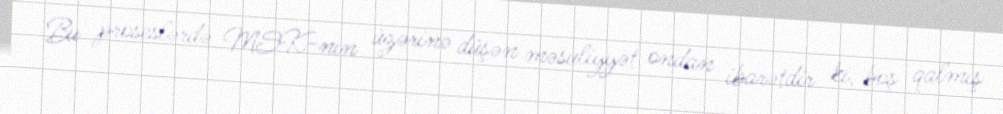
Bu proseslərdə MSK-nın üzərinə düşən məsuliyyət ondan ibarətdir ki, boş qalmış